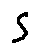
s